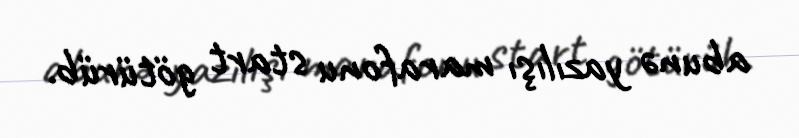
abunə yazılışı marafonu start götürüb.